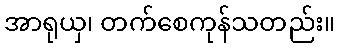
အာရုယှ၊ တက်စေကုန်သတည်း။